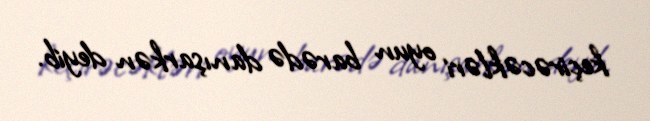
keçirəcəkləri oyun barədə danışarkən deyib.